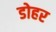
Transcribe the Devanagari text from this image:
डोहर